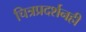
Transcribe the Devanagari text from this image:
चित्रप्रदर्शनही